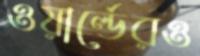
ওয়ার্ল্ডেরও